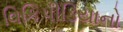
વિકિપીડિયાનો